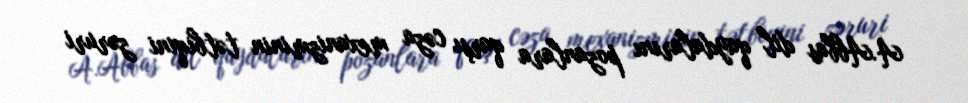
A.Abbas dil qaydalarını pozanlara qarşı cəza mexanizminin tətbiqini zəruri